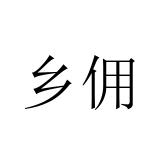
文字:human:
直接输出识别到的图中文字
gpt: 乡佣